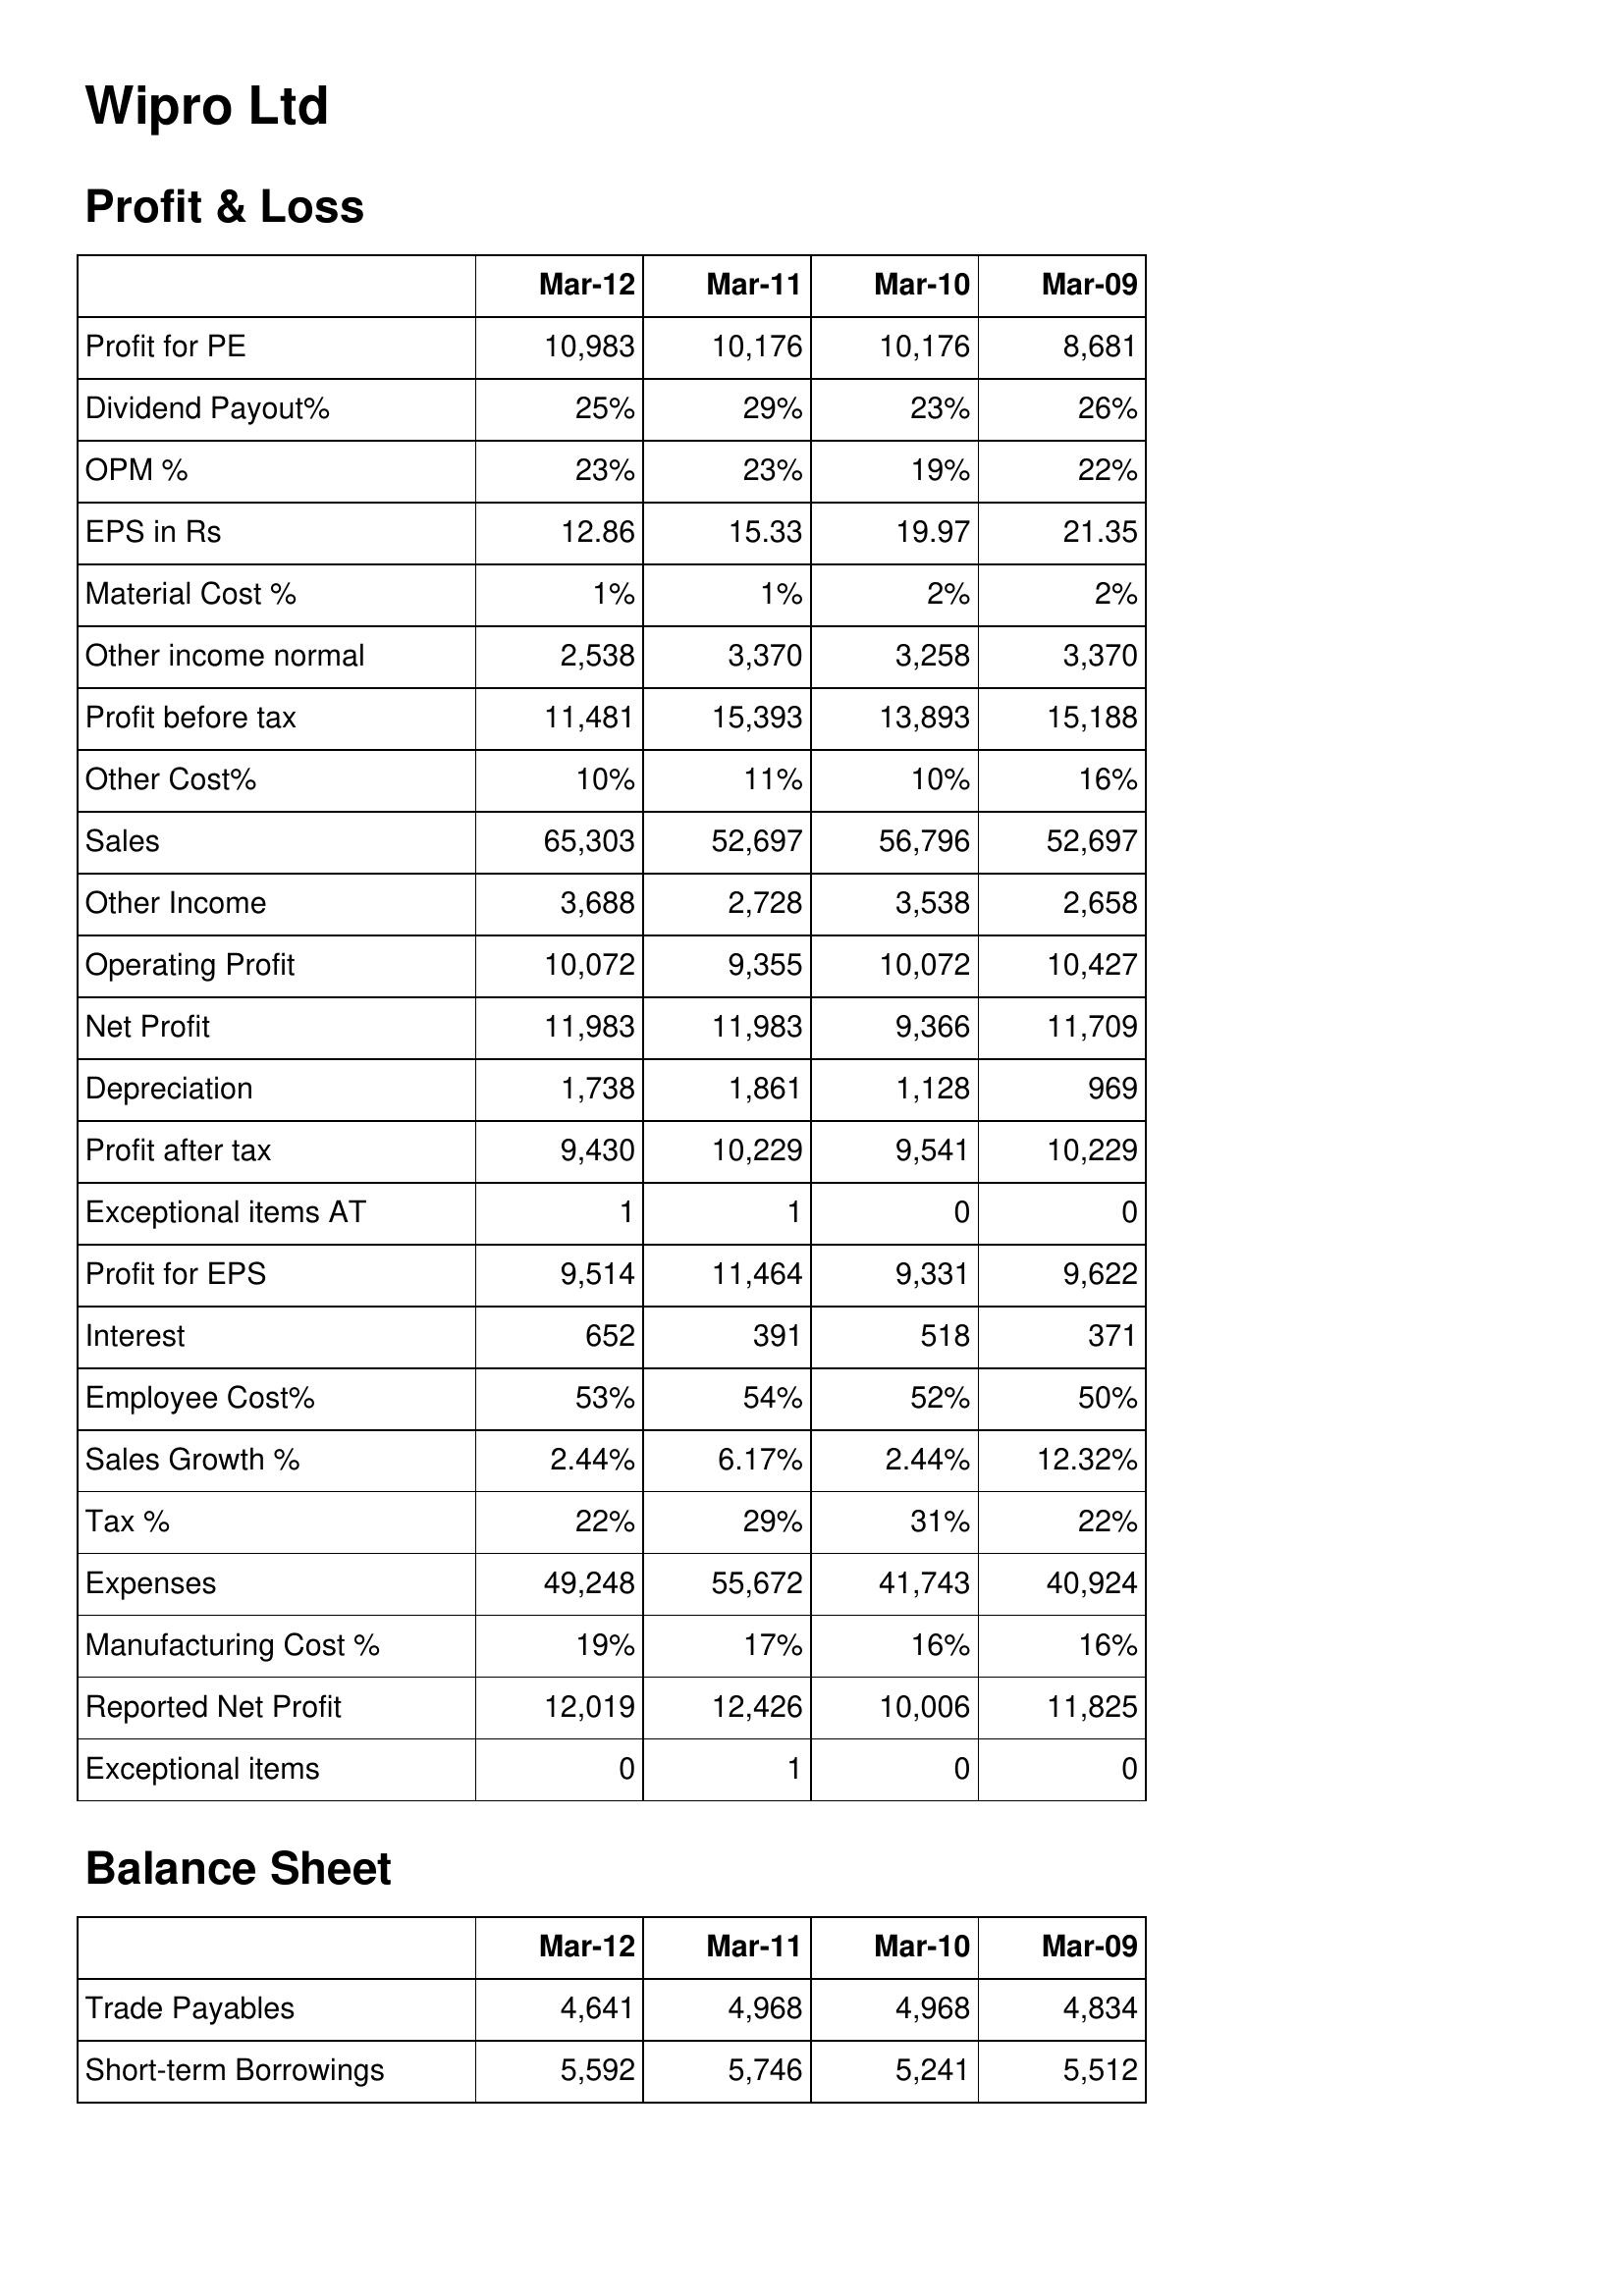
Mar-12: Profit & Loss: Profit for PE: 10,983
Dividend Payout%: 25%
OPM %: 23%
EPS in Rs: 12.86
Material Cost %: 1%
Other income normal: 2,538
Profit before tax: 11,481
Other Cost%: 10%
Sales: 65,303
Other Income: 3,688
Operating Profit: 10,072
Net Profit: 11,983
Depreciation: 1,738
Profit after tax: 9,430
Exceptional items AT: 1
Profit for EPS: 9,514
Interest: 652
Employee Cost%: 53%
Sales Growth %: 2.44%
Tax %: 22%
Expenses: 49,248
Manufacturing Cost %: 19%
Reported Net Profit: 12,019
Exceptional items: 0
Balance Sheet: Trade Payables: 4,641
Short-term Borrowings: 5,592
Mar-11: Profit & Loss: Profit for PE: 10,176
Dividend Payout%: 29%
OPM %: 23%
EPS in Rs: 15.33
Material Cost %: 1%
Other income normal: 3,370
Profit before tax: 15,393
Other Cost%: 11%
Sales: 52,697
Other Income: 2,728
Operating Profit: 9,355
Net Profit: 11,983
Depreciation: 1,861
Profit after tax: 10,229
Exceptional items AT: 1
Profit for EPS: 11,464
Interest: 391
Employee Cost%: 54%
Sales Growth %: 6.17%
Tax %: 29%
Expenses: 55,672
Manufacturing Cost %: 17%
Reported Net Profit: 12,426
Exceptional items: 1
Balance Sheet: Trade Payables: 4,968
Short-term Borrowings: 5,746
Mar-10: Profit & Loss: Profit for PE: 10,176
Dividend Payout%: 23%
OPM %: 19%
EPS in Rs: 19.97
Material Cost %: 2%
Other income normal: 3,258
Profit before tax: 13,893
Other Cost%: 10%
Sales: 56,796
Other Income: 3,538
Operating Profit: 10,072
Net Profit: 9,366
Depreciation: 1,128
Profit after tax: 9,541
Exceptional items AT: 0
Profit for EPS: 9,331
Interest: 518
Employee Cost%: 52%
Sales Growth %: 2.44%
Tax %: 31%
Expenses: 41,743
Manufacturing Cost %: 16%
Reported Net Profit: 10,006
Exceptional items: 0
Balance Sheet: Trade Payables: 4,968
Short-term Borrowings: 5,241
Mar-09: Profit & Loss: Profit for PE: 8,681
Dividend Payout%: 26%
OPM %: 22%
EPS in Rs: 21.35
Material Cost %: 2%
Other income normal: 3,370
Profit before tax: 15,188
Other Cost%: 16%
Sales: 52,697
Other Income: 2,658
Operating Profit: 10,427
Net Profit: 11,709
Depreciation: 969
Profit after tax: 10,229
Exceptional items AT: 0
Profit for EPS: 9,622
Interest: 371
Employee Cost%: 50%
Sales Growth %: 12.32%
Tax %: 22%
Expenses: 40,924
Manufacturing Cost %: 16%
Reported Net Profit: 11,825
Exceptional items: 0
Balance Sheet: Trade Payables: 4,834
Short-term Borrowings: 5,512